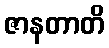
ဇာနတာတိ